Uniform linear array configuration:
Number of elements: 64
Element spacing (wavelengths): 1
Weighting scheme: blackman
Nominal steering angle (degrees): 0
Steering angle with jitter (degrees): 1.92
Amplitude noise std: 0.05
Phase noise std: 0.05

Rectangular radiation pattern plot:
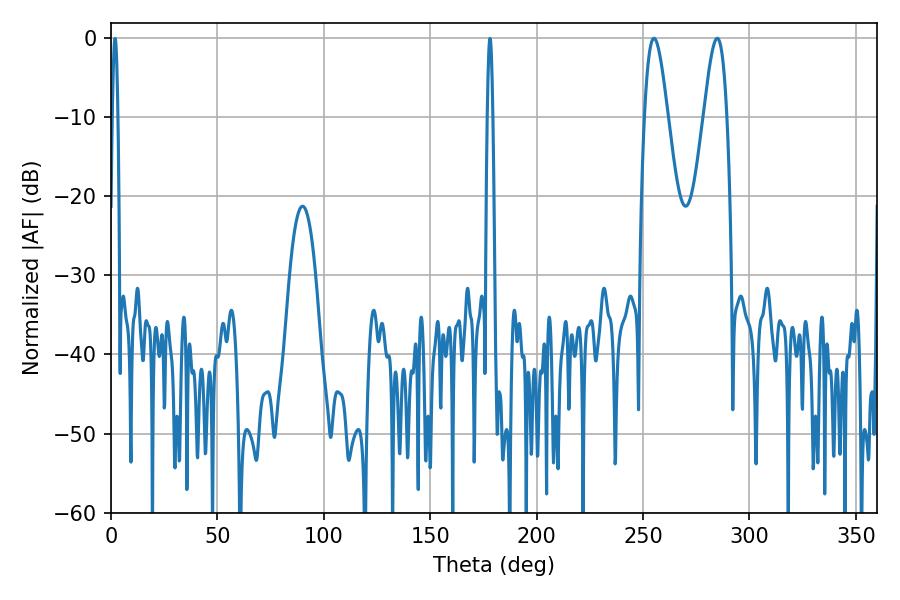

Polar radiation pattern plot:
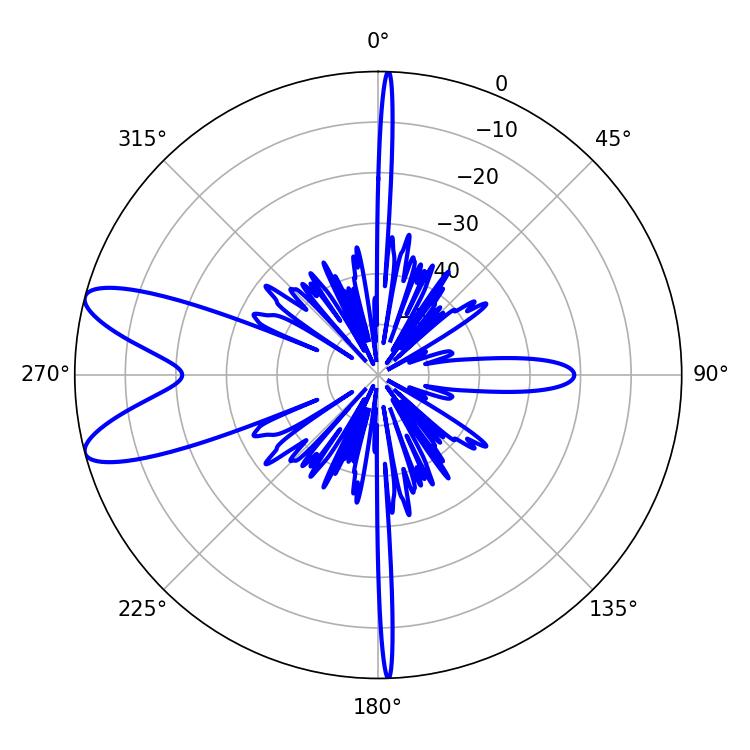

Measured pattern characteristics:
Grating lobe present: TRUE
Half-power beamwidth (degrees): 5.76
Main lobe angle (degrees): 255.06